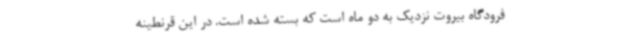
فرودگاه بیروت نزدیک به دو ماه است که بسته شده است. در این قرنطینه